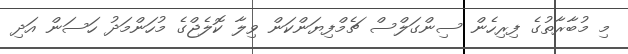
މި މުބާރާތުގެ ފިރިހެން ސިންގަލްސް ޗެމްފިޔަންކަން ވިލާ ކޮލެޖްގެ މުހަންމަދު ހަސަން އަދި